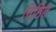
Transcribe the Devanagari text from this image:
निष्ठित